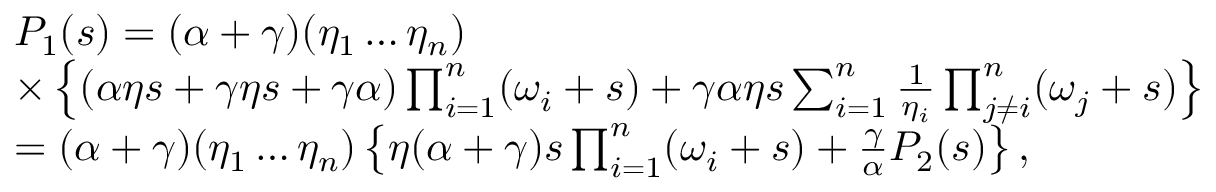
\begin{array} { r l } & { P _ { 1 } ( s ) = ( \alpha + \gamma ) ( \eta _ { 1 } \ldots \eta _ { n } ) } \\ & { \times \left\{ ( \alpha \eta s + \gamma \eta s + \gamma \alpha ) \prod _ { i = 1 } ^ { n } ( \omega _ { i } + s ) + \gamma \alpha \eta s \sum _ { i = 1 } ^ { n } \frac { 1 } { \eta _ { i } } \prod _ { j \ne i } ^ { n } ( \omega _ { j } + s ) \right\} } \\ & { = ( \alpha + \gamma ) ( \eta _ { 1 } \ldots \eta _ { n } ) \left\{ \eta ( \alpha + \gamma ) s \prod _ { i = 1 } ^ { n } ( \omega _ { i } + s ) + \frac { \gamma } { \alpha } P _ { 2 } ( s ) \right\} , } \end{array}